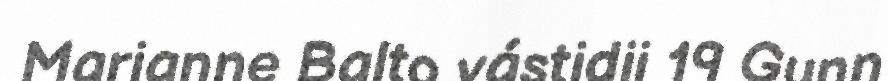
Marianne Balto vástidii 19 Gunn